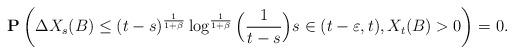
LaTeX: \begin{align*}\mathbf{P}\left(\Delta X_{s}(B)\leq(t-s)^{\frac{1}{1+\beta}}\log^{\frac{1}{1+\beta}}\Big(\frac{1}{t-s}\Big)s\in(t-\varepsilon,t),X_t(B)>0\right)=0.\end{align*}